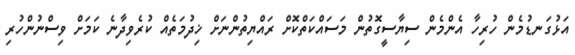
އަޅުގަނޑުމެން ހުރިހާ އެންމެން ސިޔާސީގޮތުން މަސައްކަތްކޮށް ރައްޔިތުންނަށް ޚިދުމަތެއް ކުރެވިދާނެ ކަމަށް ވިސްނުންހުރި